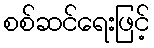
စစ်ဆင်ရေးဖြင့်